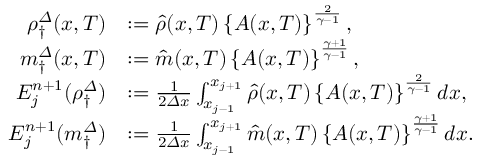
\begin{array} { r l } { \rho _ { \dagger } ^ { \varDelta } ( x , T ) } & { : = \hat { \rho } ( x , T ) \left\{ A ( x , T ) \right\} ^ { \frac { 2 } { \gamma - 1 } } , } \\ { m _ { \dagger } ^ { \varDelta } ( x , T ) } & { : = \hat { m } ( x , T ) \left\{ A ( x , T ) \right\} ^ { \frac { \gamma + 1 } { \gamma - 1 } } , } \\ { E _ { j } ^ { n + 1 } ( \rho _ { \dagger } ^ { \varDelta } ) } & { : = \frac 1 { 2 { \varDelta } x } \int _ { x _ { j - 1 } } ^ { x _ { j + 1 } } \hat { \rho } ( x , T ) \left\{ A ( x , T ) \right\} ^ { \frac { 2 } { \gamma - 1 } } d x , } \\ { E _ { j } ^ { n + 1 } ( m _ { \dagger } ^ { \varDelta } ) } & { : = \frac 1 { 2 { \varDelta } x } \int _ { x _ { j - 1 } } ^ { x _ { j + 1 } } \hat { m } ( x , T ) \left\{ A ( x , T ) \right\} ^ { \frac { \gamma + 1 } { \gamma - 1 } } d x . } \end{array}